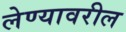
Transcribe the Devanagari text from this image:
लेण्यावरील